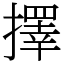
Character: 擇